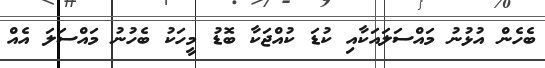
ބެހެން އުޅުނު މައްސަލައަކާއި ކުޑަ ކުއްޖަކާ ބޮޑު މީހަކު ބެހުނު މައްސަލަ އެއް